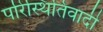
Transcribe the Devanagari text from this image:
परिस्थितिवादी